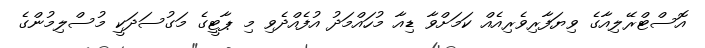
އޮސްޓްރޭލިއާގެ ވިޔަފާރިވެރިއެއް ކަމަށްވާ ޑިއާ މުހައްމަދު އުފެއްދެވި މި ޕާޓީގެ މަގުސަދަކީ މުސްލިމުންގެ